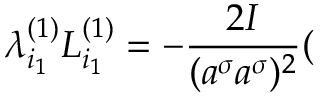
\lambda _ { i _ { 1 } } ^ { ( 1 ) } L _ { i _ { 1 } } ^ { ( 1 ) } = - \frac { 2 { \cal I } } { ( a ^ { \sigma } a ^ { \sigma } ) ^ { 2 } } (